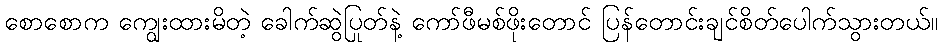
စောစောက ကျွေးထားမိတဲ့ ခေါက်ဆွဲပြုတ်နဲ့ ကော်ဖီမစ်ဖိုးတောင် ပြန်တောင်းချင်စိတ်ပေါက်သွားတယ်။